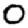
Digit: 0